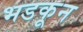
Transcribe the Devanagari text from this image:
भडकून